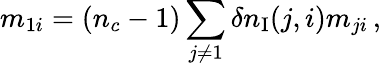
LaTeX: m_{1i}=(n_{c}-1)\sum_{j\neq 1}\delta n_{\mathrm{I}}(j,i)m_{ji}\, ,